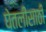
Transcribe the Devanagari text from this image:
घेतलीसाठी